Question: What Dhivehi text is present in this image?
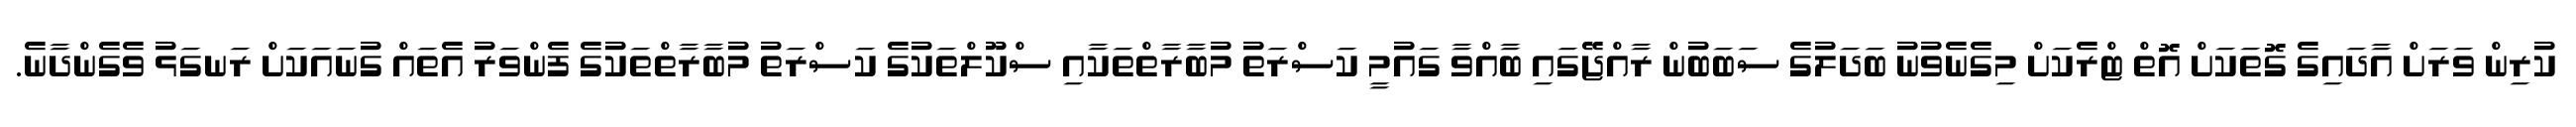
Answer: ކުރިން ވަރަށް އާދައިގެ ގޮތަކަށް އޮތް ޓްރެކަށް މިގެނެވުނު ބަދަލުގެ ސަބަބުން ރާއްޖޭގައި ބާއްވާ ގައުމީ ކަސްރަތު މުބާރާތްތަކާއި ސްކޫލްތަކުގެ ކަސްރަތު މުބާރާތްތަކުގެ ފެންވަރު އެތައް ގުނައަކަށް ރަނގަޅު ވެގެންދާނެ.